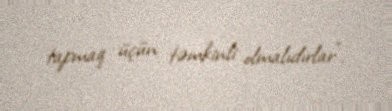
tapmaq üçün təmkinli olmalıdırlar".